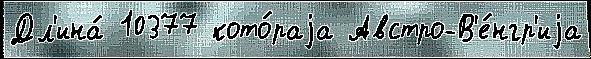
Дл'ина́ 10377 кото́раjа Австро-В'е́нгр'иjа